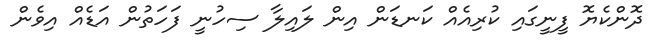
ދޮންކެޔޮ ފީނީގައި ކުރިއެއް ކަނޑަން އިން ލައިލާ ސިހުނީ ފަހަތުން އަޑެއް އިވެން